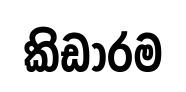
කිඩාරම